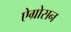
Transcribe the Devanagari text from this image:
ऐग्रोसन